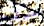
منجذب